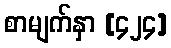
စာမျက်နှာ [၄၂၄]